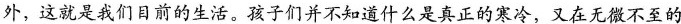
外，这就是我们目前的生活。孩子们并不知道什么是真正的寒冷，又在无微不至的